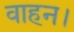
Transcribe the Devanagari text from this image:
वाहन।